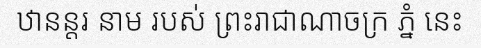
ឋានន្តរ នាម របស់ ព្រះរាជាណាចក្រ ភ្នំ នេះ